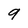
Character: 9